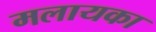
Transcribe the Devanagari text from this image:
मलायका